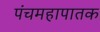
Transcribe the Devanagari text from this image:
पंचमहापातक